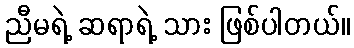
ညီမရဲ့ ဆရာရဲ့ သား ဖြစ်ပါတယ်။